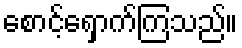
စောင့်ရှောက်ကြသည်။